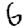
Digit: 6